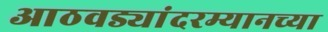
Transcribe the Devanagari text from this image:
आठवड्यांदरम्यानच्या